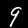
Digit: 9